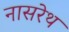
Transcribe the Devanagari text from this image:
नासरेथ